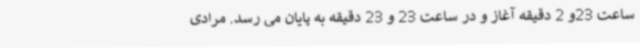
ساعت 23و 2 دقیقه آغاز و در ساعت 23 و 23 دقیقه به پایان می رسد. مرادی